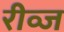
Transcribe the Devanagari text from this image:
रीव्ज